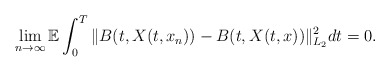
\begin{align*}\lim_{n\rightarrow\infty}\mathbb{E} \int_0^T \Vert B(t,X(t,x_n)) - B(t,X(t,x)) \Vert_{L_2}^2 dt = 0 .\end{align*}